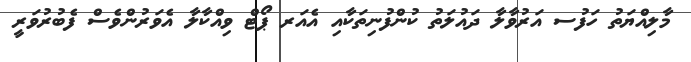
މާލިއްޔަތު ހަފުސ އަރުވާލާ ދައުލަތު ކުންފުނިތަކާއި އެއަރ ޕޯޓް ވިއްކާލާ އެވަރުންވެސް ފެބުރުވަރީ